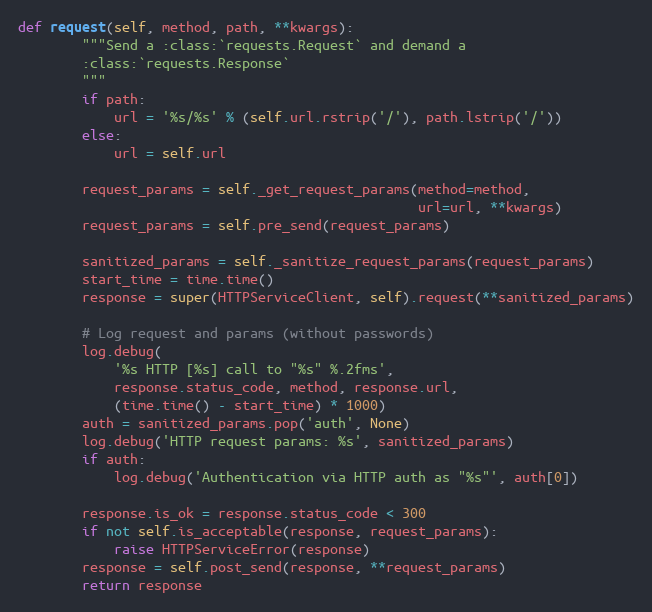
Language: Python
def request(self, method, path, **kwargs):
        """Send a :class:`requests.Request` and demand a
        :class:`requests.Response`
        """
        if path:
            url = '%s/%s' % (self.url.rstrip('/'), path.lstrip('/'))
        else:
            url = self.url

        request_params = self._get_request_params(method=method,
                                                  url=url, **kwargs)
        request_params = self.pre_send(request_params)

        sanitized_params = self._sanitize_request_params(request_params)
        start_time = time.time()
        response = super(HTTPServiceClient, self).request(**sanitized_params)

        # Log request and params (without passwords)
        log.debug(
            '%s HTTP [%s] call to "%s" %.2fms',
            response.status_code, method, response.url,
            (time.time() - start_time) * 1000)
        auth = sanitized_params.pop('auth', None)
        log.debug('HTTP request params: %s', sanitized_params)
        if auth:
            log.debug('Authentication via HTTP auth as "%s"', auth[0])

        response.is_ok = response.status_code < 300
        if not self.is_acceptable(response, request_params):
            raise HTTPServiceError(response)
        response = self.post_send(response, **request_params)
        return response